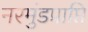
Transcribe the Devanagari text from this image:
नरमुंडप्राप्ति